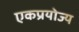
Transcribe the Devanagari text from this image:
एकप्रयोज्य